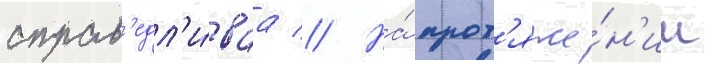
справ'едл'и́ваа // На́ прот'яже́н'ии